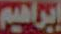
إبراهيم